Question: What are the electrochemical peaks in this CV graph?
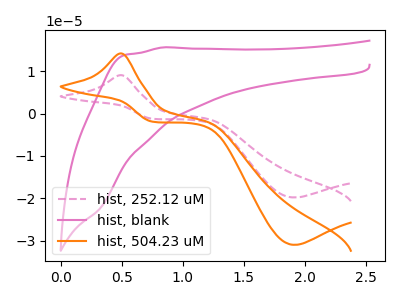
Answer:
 <answer>The pink dashed curve "hist, 252.12 uM" has an anodic peak at (0.50V, 9.10uA) and a cathodic peak at (1.90V, -19.80uA). The pink curve "hist, blank" has no peaks. The orange curve "hist, 504.23 uM" has an anodic peak at (0.50V, 14.20uA) and a cathodic peak at (1.90V, -31.00uA).</answer>
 <eval></eval>